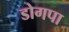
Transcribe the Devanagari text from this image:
डोगपा